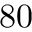
8 0